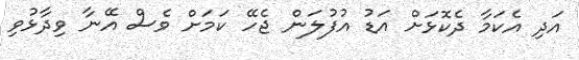
އަދި އެކަމާ ދެކޮޅަށް އަޑު އުފުލަން ޖެހޭ ކަމަށް ވެސް އޭނާ ވިދާޅުވި